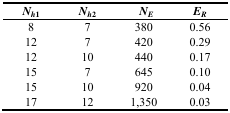
| Nh1 | Nh2 | NE | ER |
 | --- | --- | --- | --- |
 | 8 | 7 | 380 | 0.56 |
 | 12 | 7 | 420 | 0.29 |
 | 12 | 10 | 440 | 0.17 |
 | 15 | 7 | 645 | 0.10 |
 | 15 | 10 | 920 | 0.04 |
 | 17 | 12 | 1,350 | 0.03 |